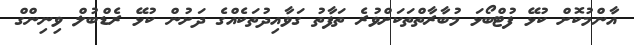
އާންމުކޮށް ކުޅޭ ފުޓްބޯޅަ މުބާރާތްތަކަށްވުރެ ތަފާތު ގަވާއިދުތަކެއްގެ ދަށުން ކުޅޭ ރެޑްބުލް ވިނިންގް